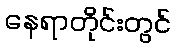
နေရာတိုင်းတွင်